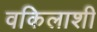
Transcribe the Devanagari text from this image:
वकिलाशी